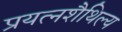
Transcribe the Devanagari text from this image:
प्रयत्नशैथिल्य